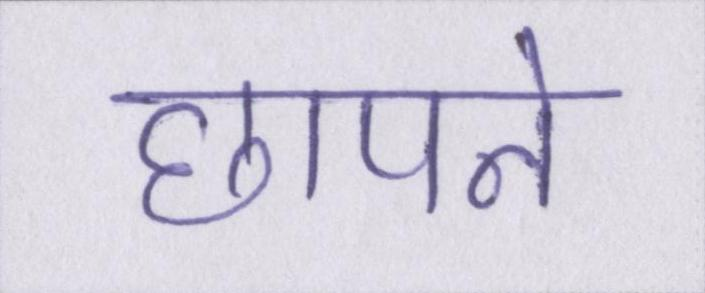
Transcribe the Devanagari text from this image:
छापने